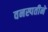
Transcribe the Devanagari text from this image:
वनस्पतीने